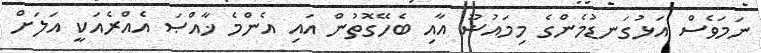
ނަމަވެސް އަޅުގަނޑުމެންގެ މިމައުޟޫ އާއި ބެހޭގޮތުން އައި އެންމެ ޚާއްޞަ އެއްރެއަކީ އަލަށް